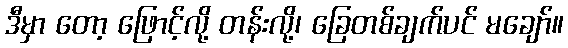
ဒီမှာ တော့ ဖြောင့်လို့ တန်းလို့၊ ခြေတစ်ချက်ပင် မချော်။